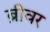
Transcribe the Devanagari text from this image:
ब्रीवर